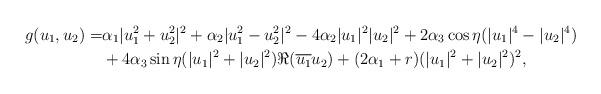
LaTeX: \begin{align*}g(u_1,u_2)=& \alpha_1 |u_1^2+u_2^2|^2 + \alpha_2 |u_1^2-u_2^2|^2 -4\alpha_2 |u_1|^2|u_2|^2 +2\alpha_3 \cos \eta (|u_1|^4-|u_2|^4) \\& +4 \alpha_3 \sin \eta (|u_1|^2+|u_2|^2) \Re (\overline{u_1}u_2) + (2\alpha_1 + r) (|u_1|^2+|u_2|^2)^2,\end{align*}